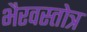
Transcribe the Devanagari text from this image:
भैरवस्तोत्र